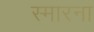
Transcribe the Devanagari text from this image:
स्मारना